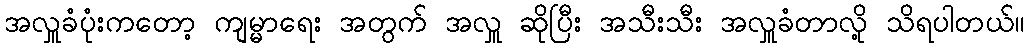
အလှူခံပုံးကတော့ ကျမ္မာရေး အတွက် အလှူ ဆိုပြီး အသီးသီး အလှူခံတာလို့ သိရပါတယ်။